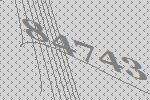
84743